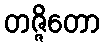
တဇ္ဇိတော